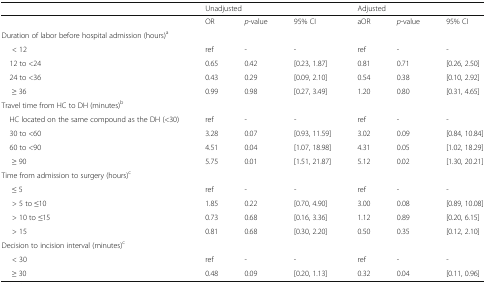
<table><thead><tr><td></td><td colspan="3"><b>Unadjusted</b></td><td colspan="3"><b>Adjusted</b></td></tr></thead><tbody><tr><td></td><td>OR</td><td><i>p</i>-value</td><td>95% CI</td><td>aOR</td><td><i>p</i>-value</td><td>95% CI</td></tr><tr><td colspan="7">Duration of labor before hospital admission (hours)<sup>a</sup></td></tr><tr><td>&lt; 12</td><td>ref</td><td>-</td><td>-</td><td>ref</td><td>-</td><td>-</td></tr><tr><td> 12 to &lt;24</td><td>0.65</td><td>0.42</td><td>[0.23, 1.87]</td><td>0.81</td><td>0.71</td><td>[0.26, 2.50]</td></tr><tr><td> 24 to &lt;36</td><td>0.43</td><td>0.29</td><td>[0.09, 2.10]</td><td>0.54</td><td>0.38</td><td>[0.10, 2.92]</td></tr><tr><td>≥ 36</td><td>0.99</td><td>0.98</td><td>[0.27, 3.49]</td><td>1.20</td><td>0.80</td><td>[0.31, 4.65]</td></tr><tr><td colspan="7">Travel time from HC to DH (minutes)<sup>b</sup></td></tr><tr><td> HC located on the same compound as the DH (&lt;30)</td><td>ref</td><td>-</td><td>-</td><td>ref</td><td>-</td><td>-</td></tr><tr><td> 30 to &lt;60</td><td>3.28</td><td>0.07</td><td>[0.93, 11.59]</td><td>3.02</td><td>0.09</td><td>[0.84, 10.84]</td></tr><tr><td> 60 to &lt;90</td><td>4.51</td><td>0.04</td><td>[1.07, 18.98]</td><td>4.31</td><td>0.05</td><td>[1.02, 18.29]</td></tr><tr><td>≥ 90</td><td>5.75</td><td>0.01</td><td>[1.51, 21.87]</td><td>5.12</td><td>0.02</td><td>[1.30, 20.21]</td></tr><tr><td colspan="7">Time from admission to surgery (hours)<sup>c</sup></td></tr><tr><td>≤ 5</td><td>ref</td><td>-</td><td>-</td><td>ref</td><td>-</td><td>-</td></tr><tr><td>&gt; 5 to ≤10</td><td>1.85</td><td>0.22</td><td>[0.70, 4.90]</td><td>3.00</td><td>0.08</td><td>[0.89, 10.08]</td></tr><tr><td>&gt; 10 to ≤15</td><td>0.73</td><td>0.68</td><td>[0.16, 3.36]</td><td>1.12</td><td>0.89</td><td>[0.20, 6.15]</td></tr><tr><td>&gt; 15</td><td>0.81</td><td>0.68</td><td>[0.30, 2.20]</td><td>0.50</td><td>0.35</td><td>[0.12, 2.10]</td></tr><tr><td colspan="7">Decision to incision interval (minutes)<sup>c</sup></td></tr><tr><td>&lt; 30</td><td>ref</td><td>-</td><td>-</td><td>ref</td><td>-</td><td>-</td></tr><tr><td>≥ 30</td><td>0.48</td><td>0.09</td><td>[0.20, 1.13]</td><td>0.32</td><td>0.04</td><td>[0.11, 0.96]</td></tr></tbody></table>